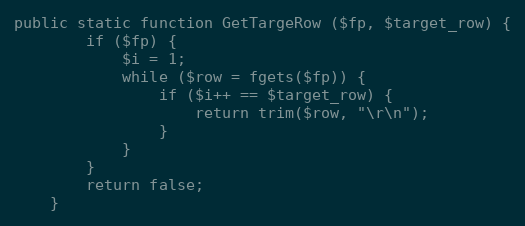
Language: PHP
public static function GetTargeRow ($fp, $target_row) {
		if ($fp) {
			$i = 1;
			while ($row = fgets($fp)) {
				if ($i++ == $target_row) {
					return trim($row, "\r\n");
				}
			}
		}
		return false;
	}